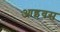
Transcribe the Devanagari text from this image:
आइवस